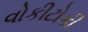
વોકીટોકી